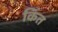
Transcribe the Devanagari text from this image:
किंत